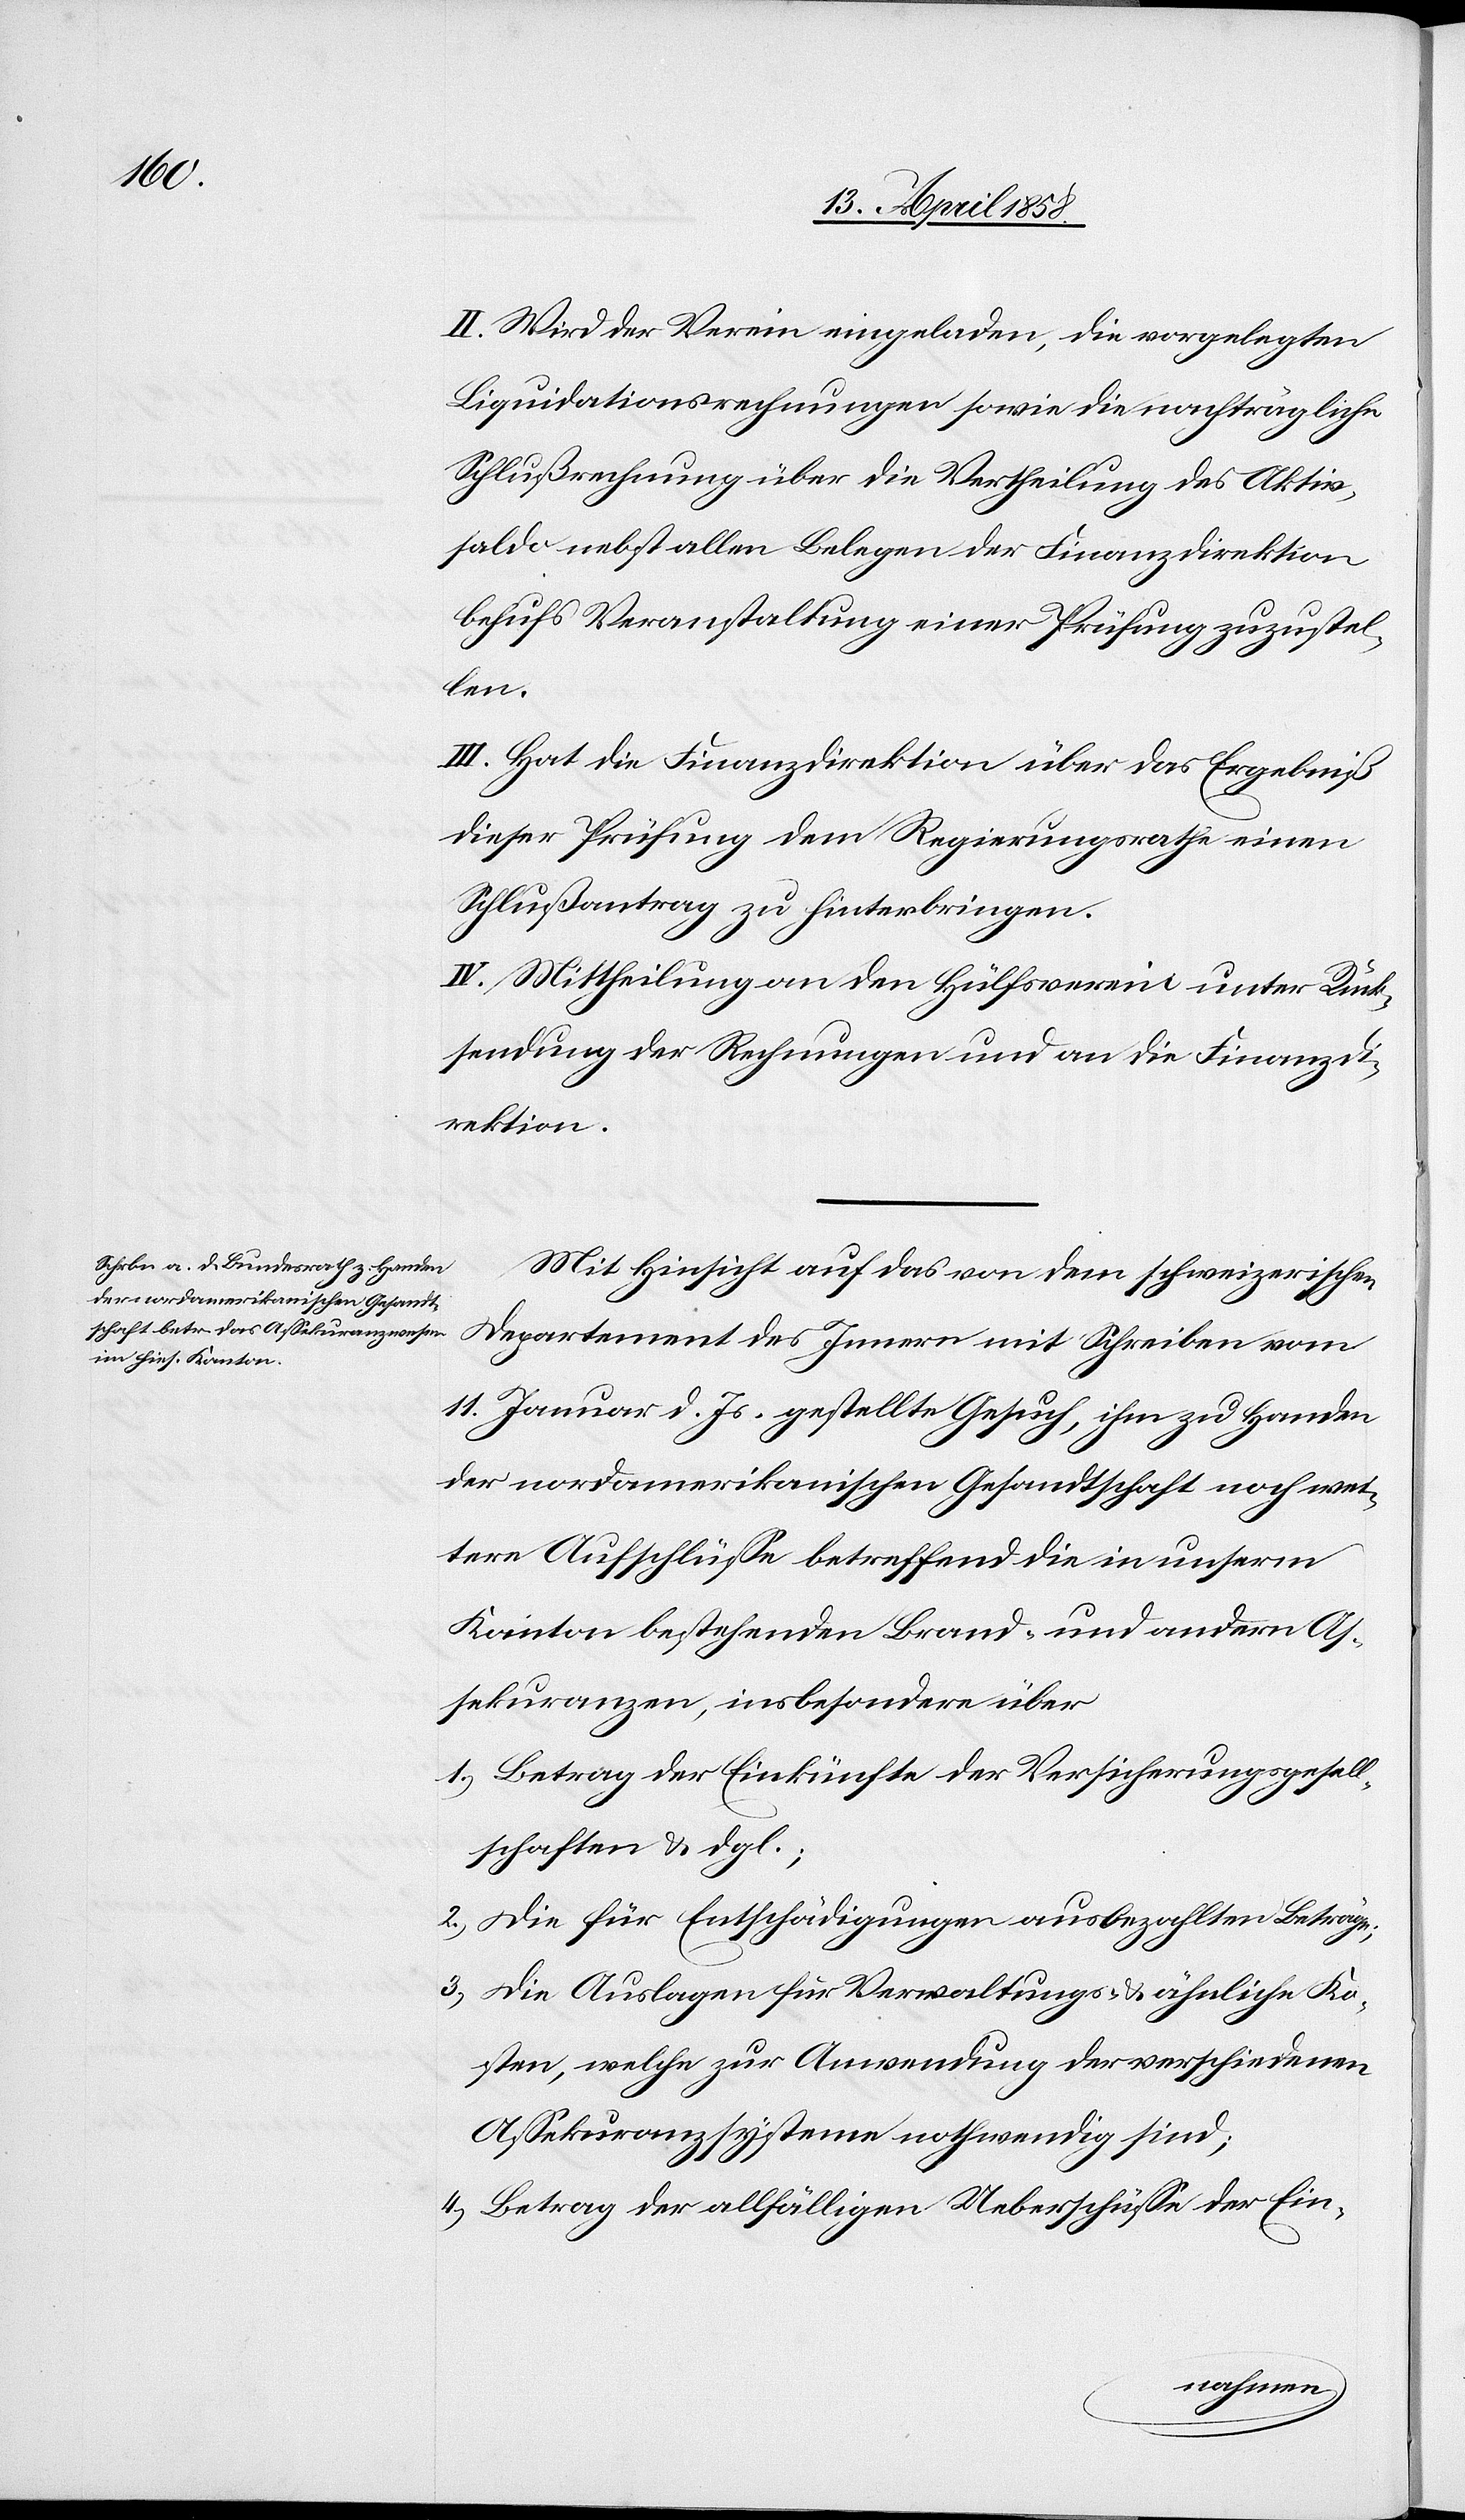
II. Wird der Verein eingeladen, die vorgelegten
Liquidationsrechnungen sowie die nachträgliche
Schlußrechnung über die Vertheilung des Aktiv¬
saldo nebst allen Belegen der Finanzdirektion
behufs Veranstaltung einer Prüfung zuzustel¬
len.
III. Hat die Finanzdirektion über das Ergebniß
dieser Prüfung dem Regierungsrathe einen
Schlußantrag zu hinterbringen.
IV. Mittheilung an den Hülfsverein unter Rück¬
stellung der Rechnungen und an die Finanzdi¬
rektion.
Mit Hinsicht auf das von dem schweizerischen
Departement des Innern mit Schreiben vom
11. Januar d. Js. gestellte Gesuch, ihm zu Handen
der nordamerikanischen Gesandtschaft noch wei¬
tere Aufschlüsse betreffend die in unserm
Kanton bestehenden Brand- und andern As¬
sekuranzen, insbesondere über
1.) Betrag der Einkünfte der Versicherungsgesell¬
schaften & dgl.;
2.) Die für Entschädigungen ausbezahlten Beträge;
3.) Die Auslagen für Verwaltungs- & ähnliche Ko¬
sten, welche zur Anwendung der verschiedenen
Assekuranzsysteme nothwendig sind;
4.) Betrag der allfälligen Ueberschüsse der Ein-